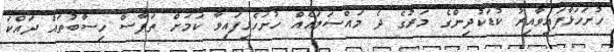
ހުށަހަޅާފައިވާއިރު ކުޑަކުދިންގެ މަރުގެ ދެ މައްސަލައެއް ހުށަހެޅިފައިވާ ކަމަށް ތަފާސް ހިސާބުތައް ދައްކަ